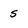
Character: s